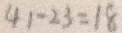
4 1 - 2 3 = 1 8